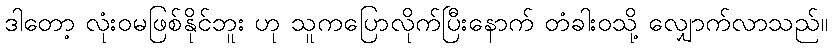
ဒါတော့ လုံးဝမဖြစ်နိုင်ဘူး ဟု သူကပြောလိုက်ပြီးနောက် တံခါးဝသို့ လျှောက်လာသည်။